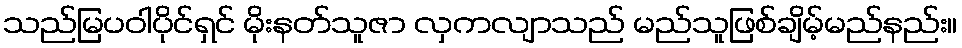
သည်မြပဝါပိုင်ရှင် မိုးနတ်သူဇာ လှကလျာသည် မည်သူဖြစ်ချိမ့်မည်နည်း။